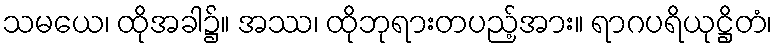
သမယေ၊ ထိုအခါ၌။ အဿ၊ ထိုဘုရားတပည့်အား။ ရာဂပရိယုဋ္ဌိတံ၊